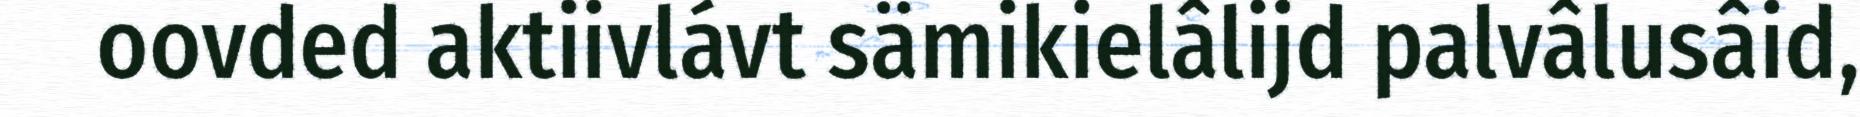
oovded aktiivlávt sämikielâlijd palvâlusâid,